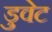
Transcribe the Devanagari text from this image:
डुवेट